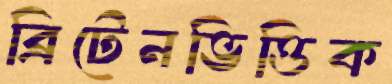
ব্রিটেনভিত্তিক